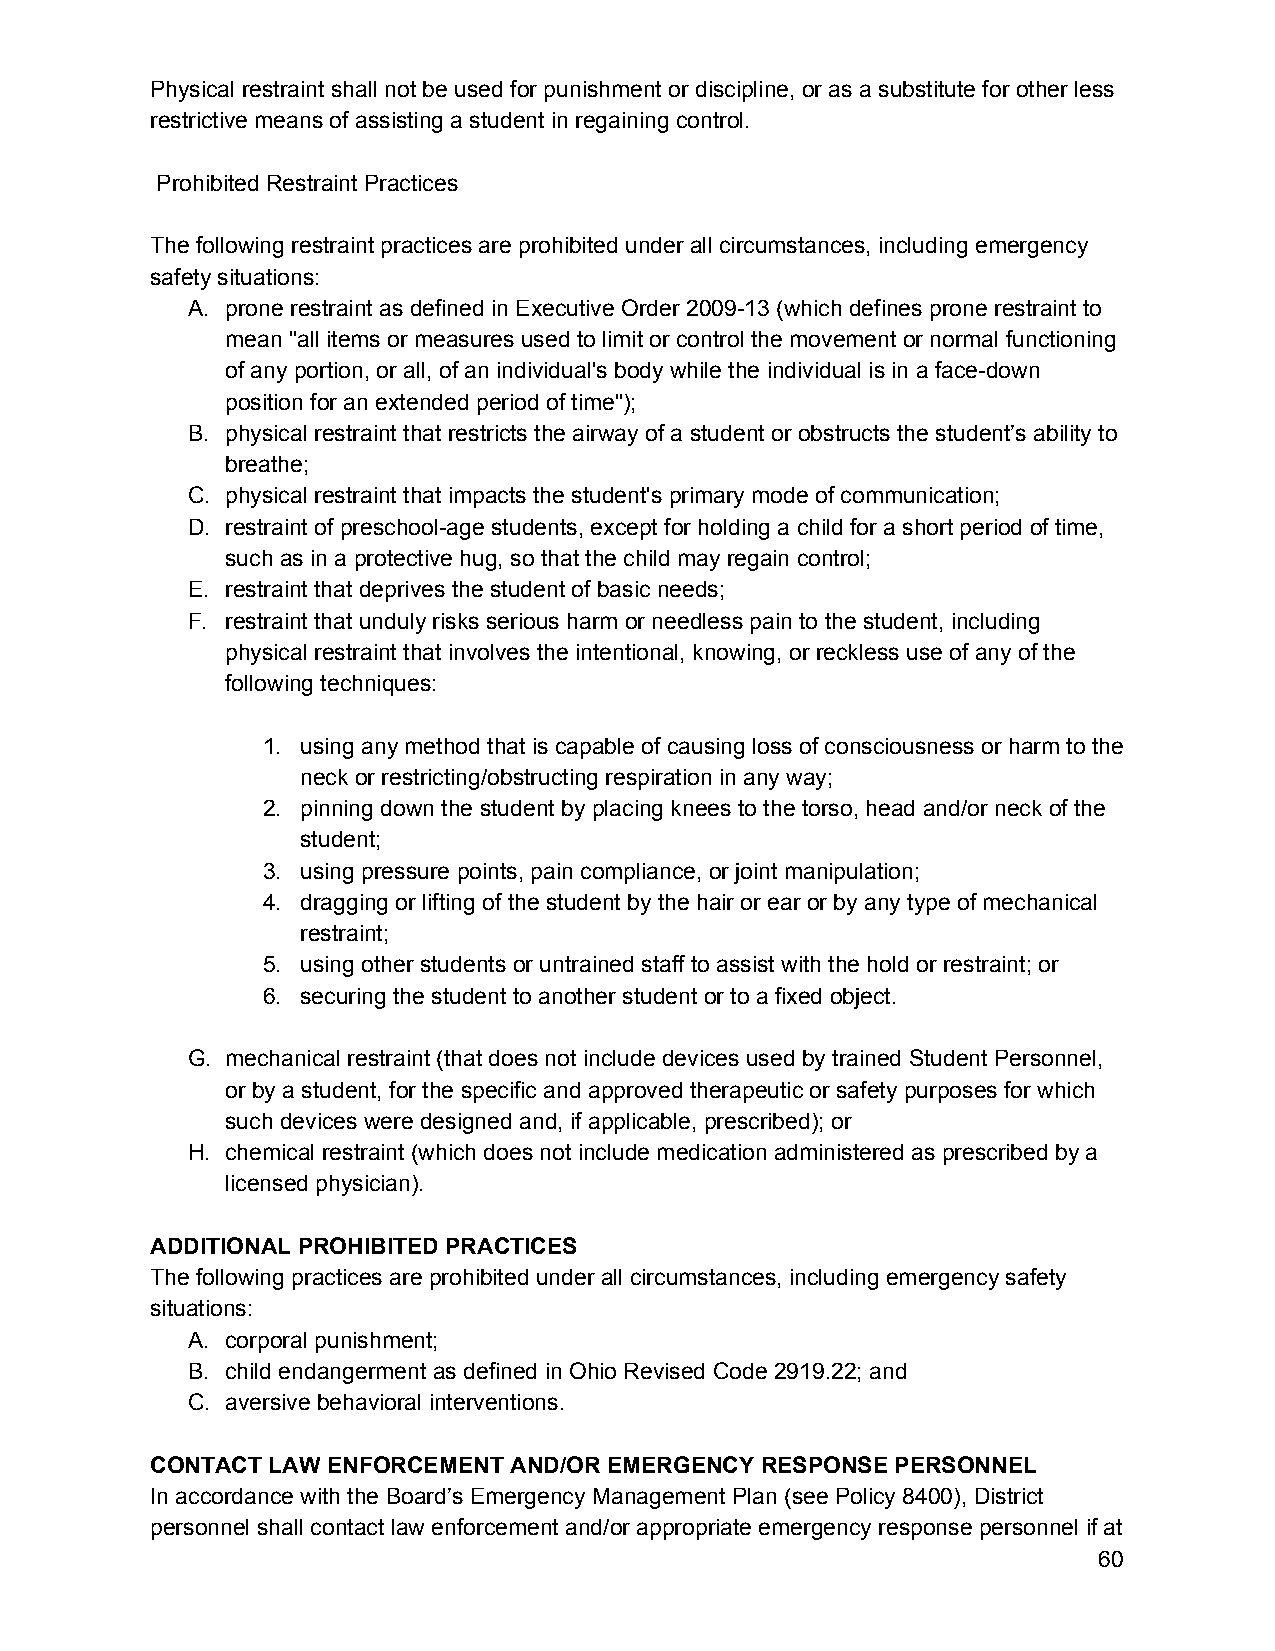
Physical restraint shall not be used for punishment or discipline, or as a substitute for other less
 restrictive means of assisting a student in regaining control.
 Prohibited Restraint Practices
 The following restraint practices are prohibited under all circumstances, including emergency
 safety situations:
 A. prone restraint as defined in Executive Order 2009-13 (which defines prone restraint to
 mean "all items or measures used to limit or control the movement or normal functioning
 of any portion, or all, of an individual's body while the individual is in a face-down
 position for an extended period of time");
 B. physical restraint that restricts the airway of a student or obstructs the student’s ability to
 breathe;
 C. physical restraint that impacts the student's primary mode of communication;
 D. restraint of preschool-age students, except for holding a child for a short period of time,
 such as in a protective hug, so that the child may regain control;
 E. restraint that deprives the student of basic needs;
 F. restraint that unduly risks serious harm or needless pain to the student, including
 physical restraint that involves the intentional, knowing, or reckless use of any of the
 following techniques:
 1. using any method that is capable of causing loss of consciousness or harm to the
 neck or restricting/obstructing respiration in any way;
 2. pinning down the student by placing knees to the torso, head and/or neck of the
 student;
 3. using pressure points, pain compliance, or joint manipulation;
 4. dragging or lifting of the student by the hair or ear or by any type of mechanical
 restraint;
 5. using other students or untrained staff to assist with the hold or restraint; or
 6. securing the student to another student or to a fixed object.
 G. mechanical restraint (that does not include devices used by trained Student Personnel,
 or by a student, for the specific and approved therapeutic or safety purposes for which
 such devices were designed and, if applicable, prescribed); or
 H. chemical restraint (which does not include medication administered as prescribed by a
 licensed physician).
 ADDITIONAL PROHIBITED PRACTICES
 The following practices are prohibited under all circumstances, including emergency safety
 situations:
 A. corporal punishment;
 B. child endangerment as defined in Ohio Revised Code 2919.22; and
 C. aversive behavioral interventions.
 CONTACT LAW ENFORCEMENT AND/OR EMERGENCY RESPONSE PERSONNEL
 In accordance with the Board’s Emergency Management Plan (see Policy 8400), District
 personnel shall contact law enforcement and/or appropriate emergency response personnel if at
 60